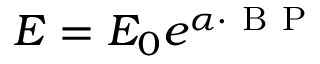
E = E _ { 0 } e ^ { \alpha \cdot \mathrm { ~ B ~ P ~ } }